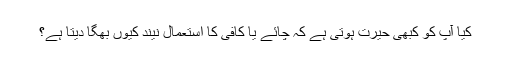
کیا آپ کو کبھی حیرت ہوتی ہے کہ چائے یا کافی کا استعمال نیند کیوں بھگا دیتا ہے؟